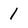
Character: 1